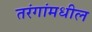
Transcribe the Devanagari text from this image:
तरंगांमधील